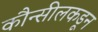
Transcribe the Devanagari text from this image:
कौन्सीलकडून